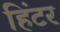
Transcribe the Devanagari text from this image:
हिंटर